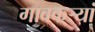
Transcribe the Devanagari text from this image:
गावकऱ्यां